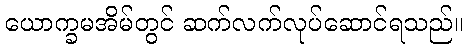
ယောက္ခမအိမ်တွင် ဆက်လက်လုပ်ဆောင်ရသည်။